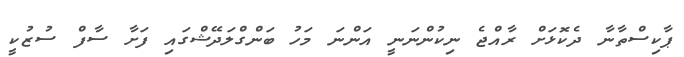
ޕާކިސްތާނާ ދެކޮޅަށް ރާއްޖެ ނިކުންނަނީ އަންނަ މަހު ބަންގްލަދޭޝްގައި ފަށާ ސާފް ސުޒުކީ